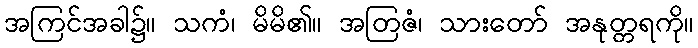
အကြင်အခါ၌။ သကံ၊ မိမိ၏။ အတြဇံ၊ သားတော် အနုတ္တရကို။